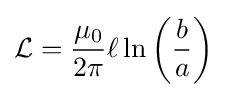
{\mathcal {L}}={\frac {\mu _{0}}{2\pi }}\ell \ln \left({\frac {b}{a}}\right)